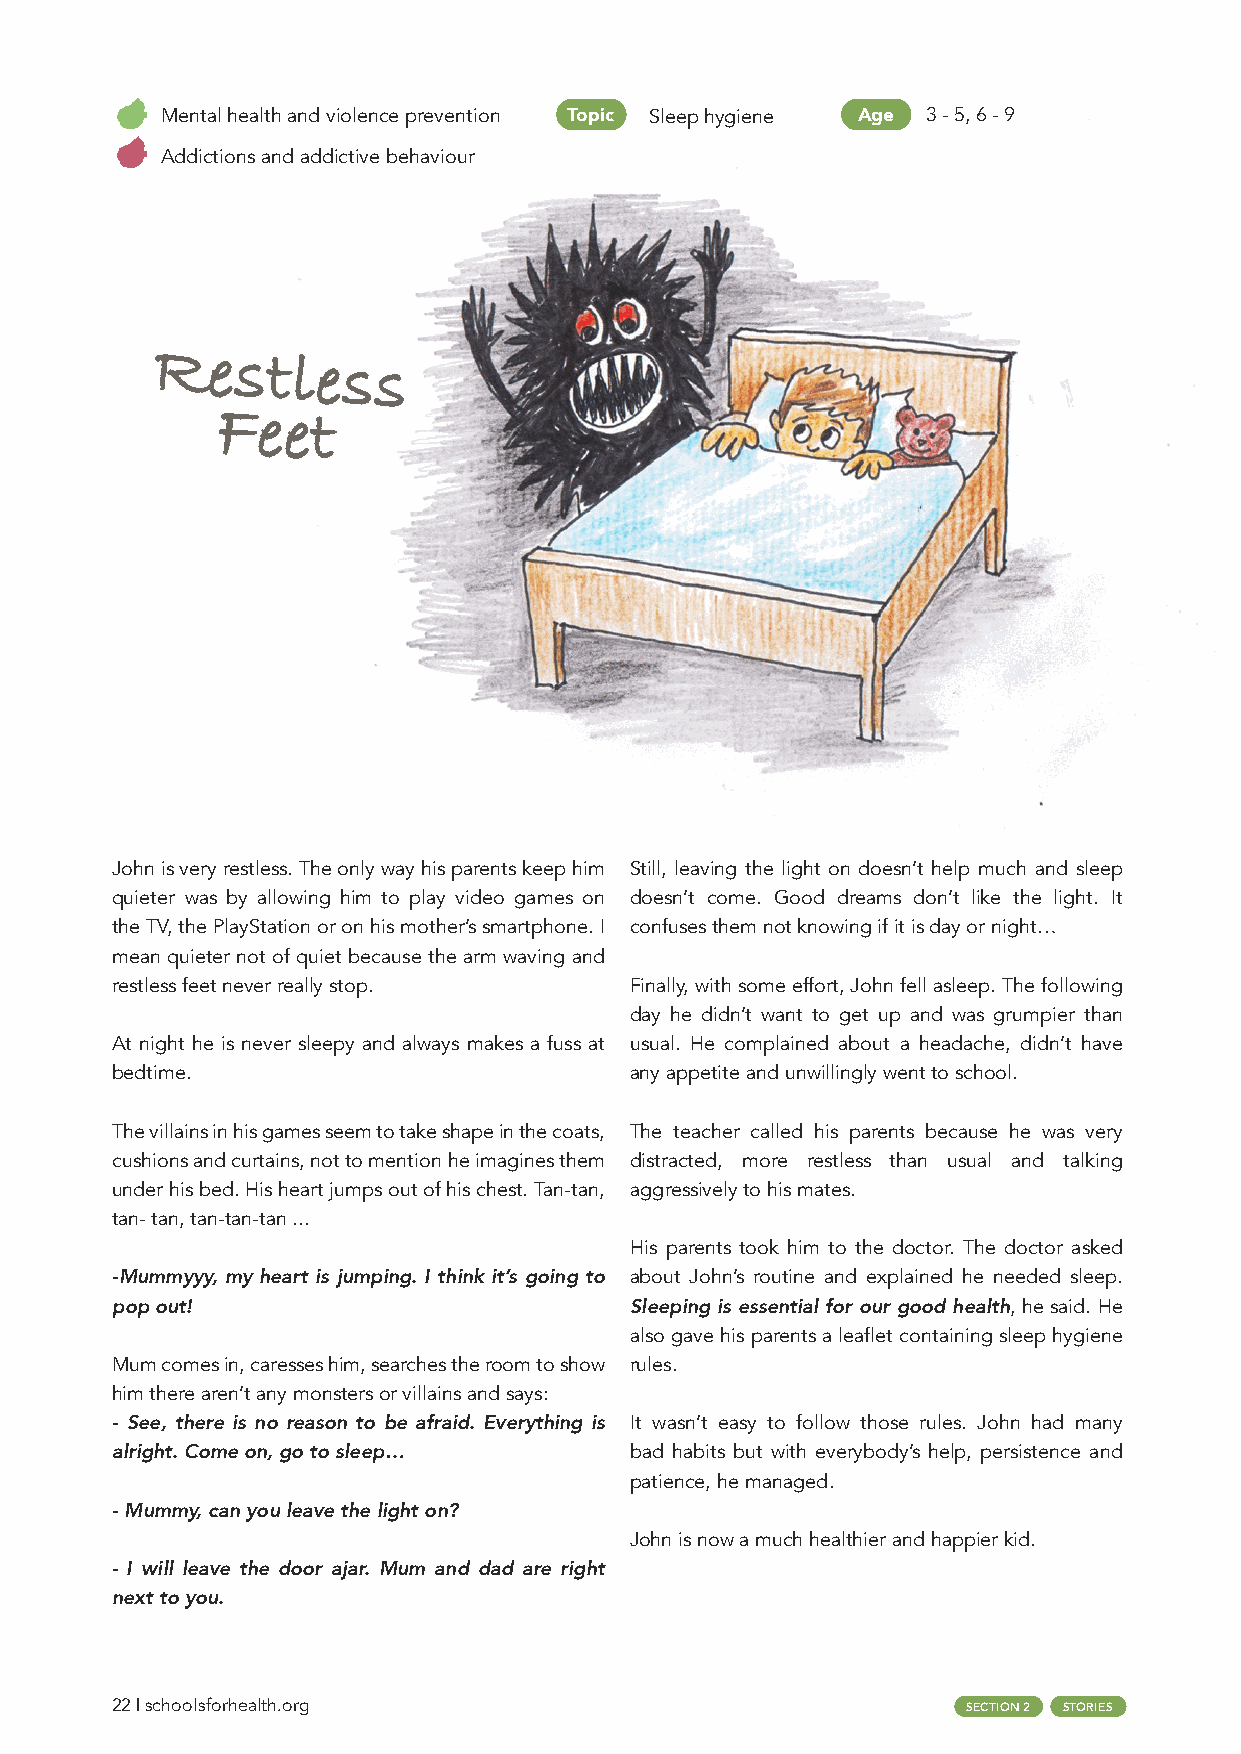
Mental health and violence prevention Topic Sleep hygiene Age 3 - 5, 6 - 9
 Addictions and addictive behaviour
 Restless
 Feet
 John is very restless. The only way his parents keep him Still, leaving the light on doesn’t help much and sleep
 quieter was by allowing him to play video games on doesn’t come. Good dreams don’t like the light. It
 the TV, the PlayStation or on his mother’s smartphone. I confuses them not knowing if it is day or night…
 mean quieter not of quiet because the arm waving and
 restless feet never really stop.   Finally, with some effort, John fell asleep. The following
 day he didn’t want to get up and was grumpier than
 At night he is never sleepy and always makes a fuss at usual. He complained about a headache, didn’t have
 bedtime.                           any appetite and unwillingly went to school.
 The villains in his games seem to take shape in the coats, The teacher called his parents because he was very
 cushions and curtains, not to mention he imagines them distracted, more restless than usual and talking
 under his bed. His heart jumps out of his chest. Tan-tan, aggressively to his mates.
 tan- tan, tan-tan-tan ...
 His parents took him to the doctor. The doctor asked
 -Mummyyy, my heart is jumping. I think it’s going to about John’s routine and explained he needed sleep.
 pop out!                           Sleeping is essential for our good health, he said. He
 also gave his parents a leaflet containing sleep hygiene
 Mum comes in, caresses him, searches the room to show rules.
 him there aren’t any monsters or villains and says:
 - See, there is no reason to be afraid. Everything is It wasn’t easy to follow those rules. John had many
 alright. Come on, go to sleep…     bad habits but with everybody’s help, persistence and
 patience, he managed.
 - Mummy, can you leave the light on?
 John is now a much healthier and happier kid.
 - I will leave the door ajar. Mum and dad are right
 next to you.
 22 | schoolsforhealth.org                                SECTION 2 STORIES